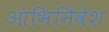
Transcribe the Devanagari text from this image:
आभिनिवेश